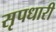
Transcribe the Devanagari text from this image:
सृपधारी